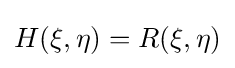
H(\xi ,\eta )=R(\xi ,\eta )